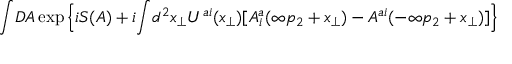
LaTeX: \! \int \! { \cal D } { \cal A } \exp \Big \{ i S ( { \cal A } ) + i \! \int \! d ^ { 2 } x _ { \perp } U ^ { a i } ( x _ { \perp } ) [ { \cal A } _ { i } ^ { a } ( \infty p _ { 2 } + x _ { \perp } ) - { \cal A } ^ { a i } ( - \infty p _ { 2 } + x _ { \perp } ) ] \Big \}